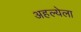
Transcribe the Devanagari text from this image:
अहल्येला